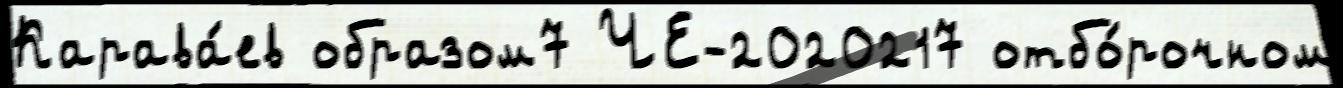
Карава́ев образом7 ЧЕ-2020217 отбо́рочном